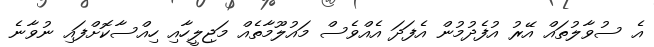
އެ ސުވާލުތައް އޭރު އުފެދުމުން އެފަދަ އެއްވެސް މައުލޫމާތެއް މަޖިލީހާއި ހިއްސާކޮށްފައި ނުވާނެ